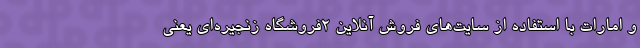
و امارات با استفاده از سایت‌های فروش آنلاین ۲فروشگاه زنجیره‌ای یعنی